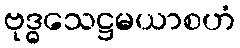
ဗုဒ္ဓသေဋ္ဌမယာစဟံ